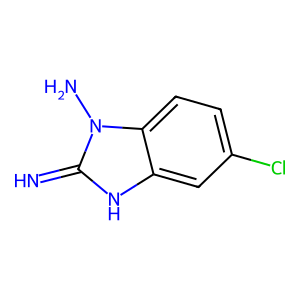
SMILES: N=c1[nH]c2cc(Cl)ccc2n1N
Inhibits HIV replication: No